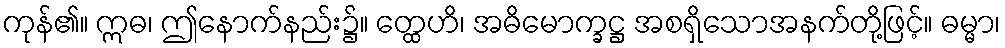
ကုန်၏။ ဣဓ၊ ဤနောက်နည်း၌။ တ္ထေဟိ၊ အဓိမောက္ခဋ္ဌ အစရှိသောအနက်တို့ဖြင့်။ ဓမ္မာ၊